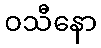
ဝသီနော